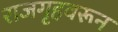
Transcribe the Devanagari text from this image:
राजगृहवरून